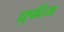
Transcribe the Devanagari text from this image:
ध्रुपदिया